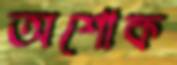
অশোক